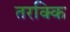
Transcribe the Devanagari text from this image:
तरक्कि